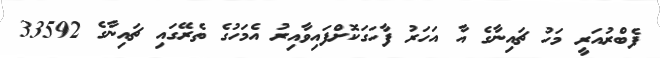
ފެބްރުއަރީ މަހު ޗައިނާގެ އާ އަހަރު ފާހަގަކޮށްފައިވާއިރު އެމަހުގެ ތެރޭގައި ޗައިނާގެ 33592